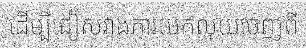
ដើម្បីជៀសវាងការយកលុយចេញពី